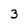
Character: 3